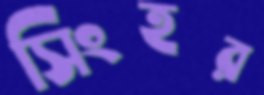
সিংহর